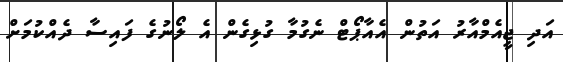
އަދި ޖީއެމްއާރު އަތުން އެއާޕޯޓް ނެގުމާ ގުޅިގެން އެ ލޯނުގެ ފައިސާ ދެއްކުމަށް